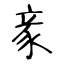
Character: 豙